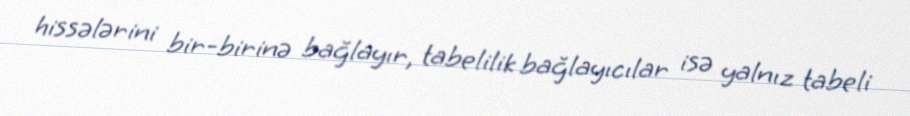
hissələrini bir-birinə bağlayır, tabelilik bağlayıcılar isə yalnız tabeli